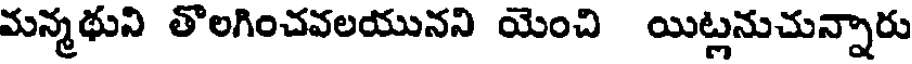
మన్మథుని తొలగించవలయునని యెంచి యిట్లనుచున్నారు